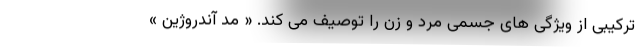
ترکیبی از ویژگی های جسمی مرد و زن را توصیف می کند. « مد آندروژین »